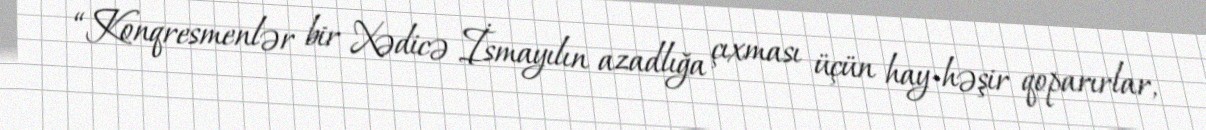
“Konqresmenlər bir Xədicə İsmayılın azadlığa çıxması üçün hay-həşir qoparırlar,